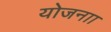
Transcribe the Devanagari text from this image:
योजनाा